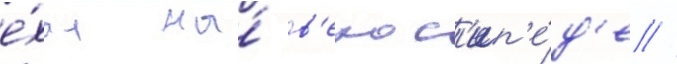
е́хал на́ в'елос'ип'е́д'е //